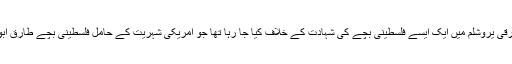
احتجاجی مظاہرہ مشرقی یروشلم میں ایک ایسے فلسطینی بچے کی شہادت کے خلاف کیا جا رہا تھا جو امریکی شہریت کے حامل فلسطینی بچے طارق ابو خضیر کا کزن تھا۔